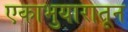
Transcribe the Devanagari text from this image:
एकाभुयारातून